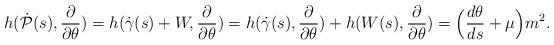
LaTeX: \begin{align*}h(\dot{\mathcal P}(s),\frac{\partial}{\partial \theta})=h(\dot{\gamma}(s)+W,\frac{\partial}{\partial \theta})=h(\dot{\gamma}(s),\frac{\partial}{\partial \theta})+h(W(s),\frac{\partial}{\partial \theta})=\Bigl(\frac{d\theta}{ds}+\mu\Bigr)m^2.\end{align*}